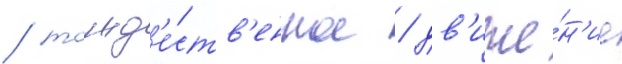
/ тожд'е́ств'енное / дв'иже́н'ие